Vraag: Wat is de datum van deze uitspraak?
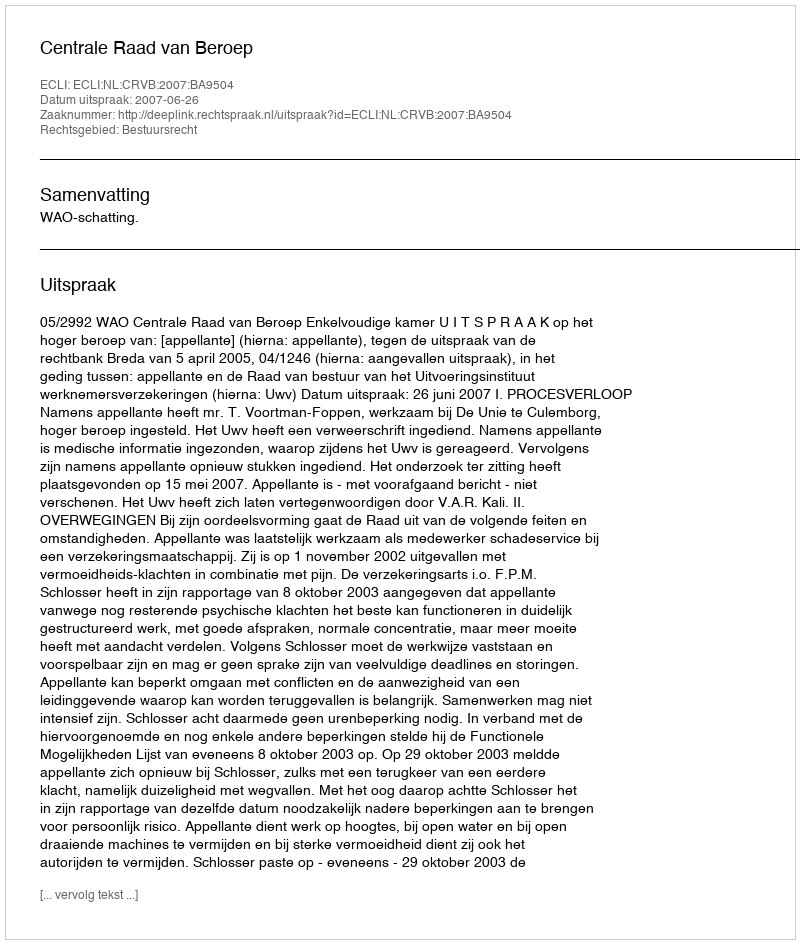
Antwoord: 2007-06-26